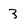
Character: 3